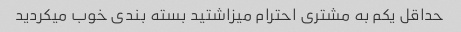
حداقل یکم به مشتری احترام میزاشتید بسته بندی خوب میکردید